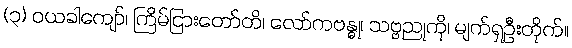
(၃) ဝယခါကျော်၊ ကြိမ်ငြားတော်တိ၊ လော်ကဗန္ဓု၊ သဗ္ဗညုကို၊ မျက်ရှဦးတိုက်။